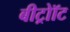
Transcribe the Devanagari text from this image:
बीट्रोॉट